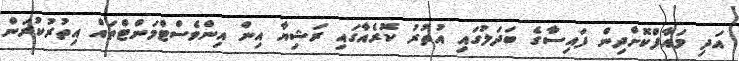
އަދި މައާފްކޮށްދިން ފައިސާގެ ބަދަލުގައި އުތުރު ކޮރެއާގައި ރަޝިޔާ އިން އިންވެސްޓްމަންޓްތައް އިތުރުކުރަން